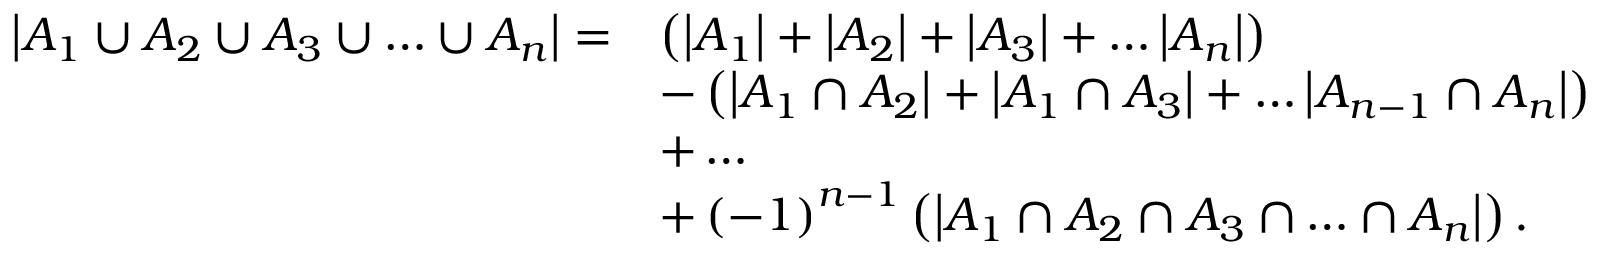
{ \begin{array} { r l } { \left| A _ { 1 } \cup A _ { 2 } \cup A _ { 3 } \cup \ldots \cup A _ { n } \right| = } & { \left( \left| A _ { 1 } \right| + \left| A _ { 2 } \right| + \left| A _ { 3 } \right| + \ldots \left| A _ { n } \right| \right) } \\ & { - \left( \left| A _ { 1 } \cap A _ { 2 } \right| + \left| A _ { 1 } \cap A _ { 3 } \right| + \ldots \left| A _ { n - 1 } \cap A _ { n } \right| \right) } \\ & { + \ldots } \\ & { + \left( - 1 \right) ^ { n - 1 } \left( \left| A _ { 1 } \cap A _ { 2 } \cap A _ { 3 } \cap \ldots \cap A _ { n } \right| \right) . } \end{array} }